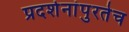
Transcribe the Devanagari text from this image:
प्रदर्शनांपुरतेच